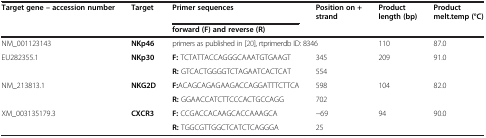
| Target gene – accession number | Target | Primer sequences | Position on + strand | Product length (bp) | Product melt.temp (°C) |
 |  |  | forward (F) and reverse (R) |  |  |  |
 | --- | --- | --- | --- | --- | --- |
 | NM_001123143 | NKp46 | primers as published in [20], rtprimerdb ID: 8346 |  | 110 | 87.0 |
 | EU282355.1 | NKp30 | F: TCTATTACCAGGGCAAATGTGAAGT | 345 | 209 | 91.0 |
 |  |  | R: GTCACTGGGGTCTAGAATCACTCAT | 554 |  |  |
 | NM_213813.1 | NKG2D | F:ACAGCAGAGAAGACCAGGATTTCTTCA | 598 | 104 | 82.0 |
 |  |  | R: GGAACCATCTTCCCACTGCCAGG | 702 |  |  |
 | XM_003135179.3 | CXCR3 | F: CCGACCACAAGCACCAAAGCA | −69 | 94 | 90.0 |
 |  |  | R: TGGCGTTGGCTCATCTCAGGGA | 25 |  |  |